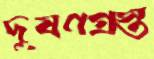
দূষণগ্রস্ত